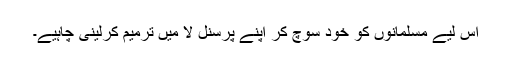
اس لیے مسلمانوں کو خود سوچ کر اپنے پرسنل لا میں ترمیم کرلینی چاہیے۔